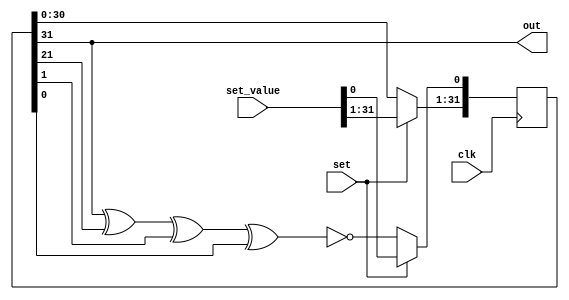
module LFSR(
  input clk,
  input [31:0] set_value,
  input set,
  output out
);

reg [31:0] sr;
reg [31:0] next_sr;

// the output is the last bit of the shift register
assign out = sr[31];

initial
begin
  sr = 0;
end

always @ ( * )
begin
  // if set bit high, set the sr to the set_value,
  // otherwise it is a combination of other bits
  if ( set )
    next_sr = set_value;
  else
  begin
    next_sr[31:1] = sr[30:0];
    next_sr[0] = sr[31] ^ sr[21] ^ sr[1] ^ sr[0] ^ 1;
  end
end

always @ ( posedge clk )
begin
  sr <= next_sr;
end


endmodule